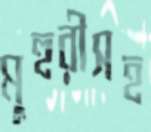
মুহুরীসহ